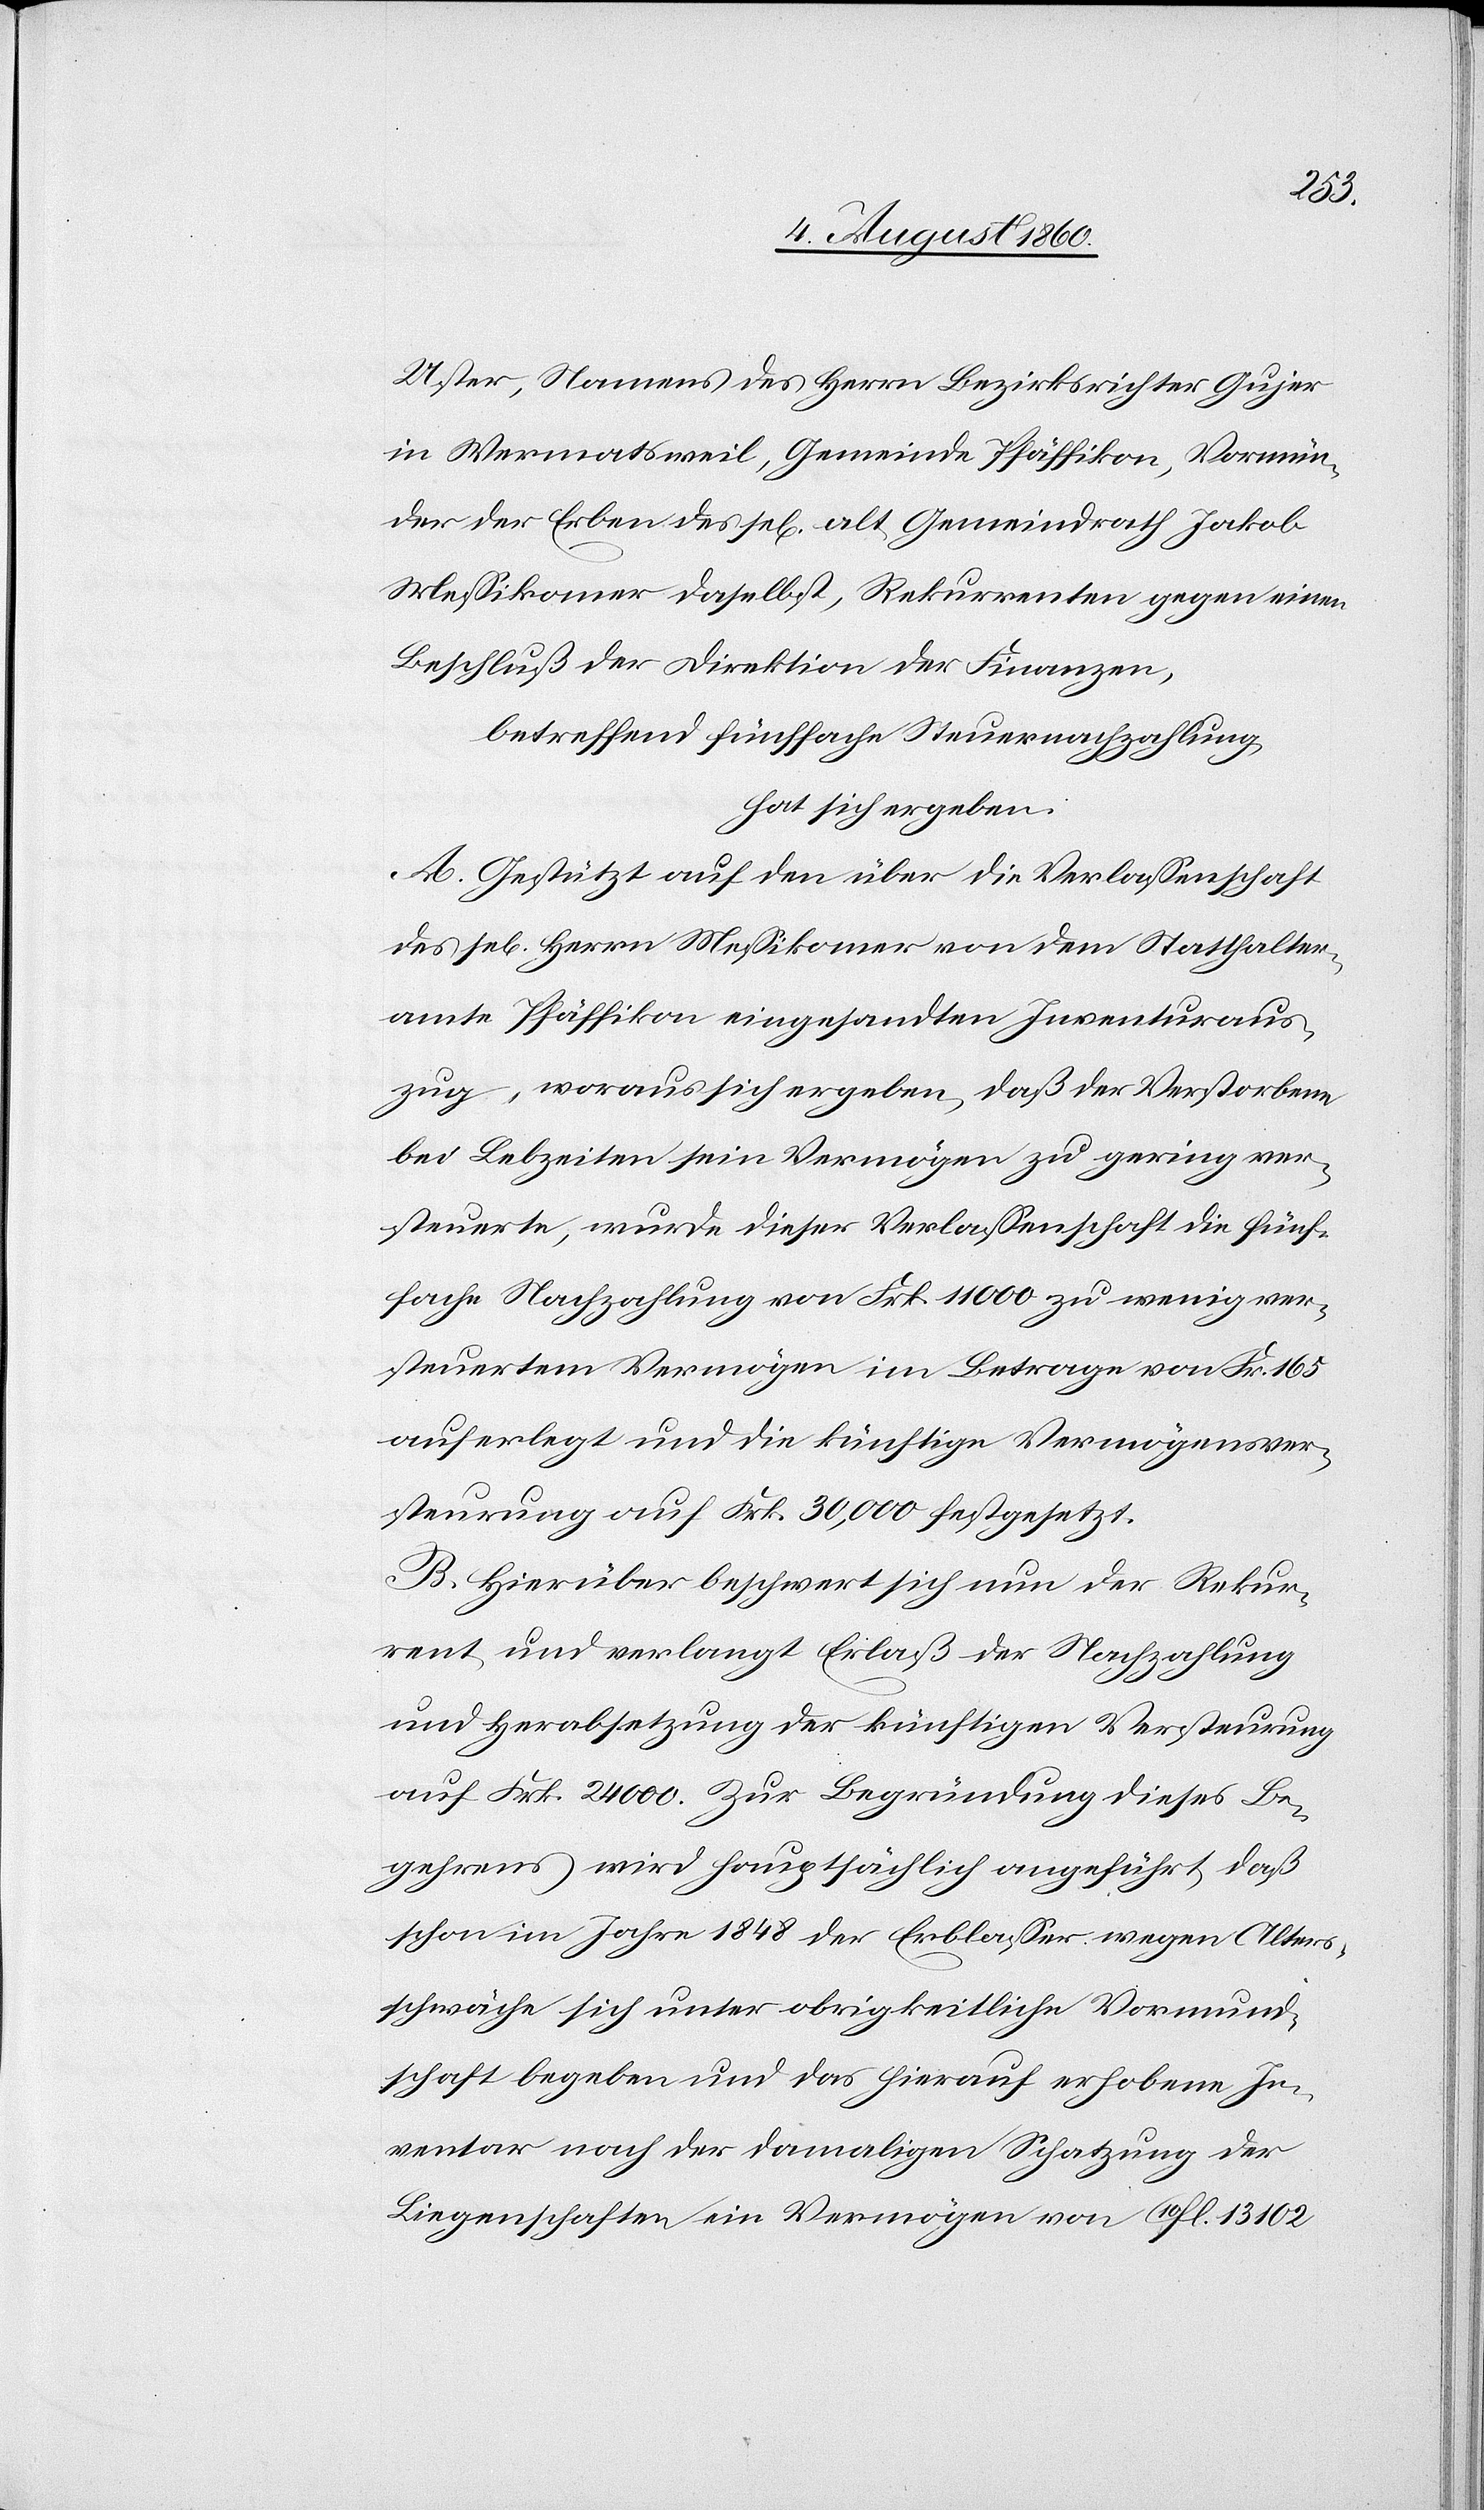
Uster, Namens des Herrn Bezirksrichter Gujer
in Wermatsweil, Gemeinde Pfäffikon, Vormün¬
der der Erben des sel. alt. Gemeindrath Jakob
Messikomer daselbst, Rekurrenten gegen einen
Beschluß der Direktion der Finanzen
betreffend fünffache Steuernachzahlung
hat sich ergeben:
A. Gestützt auf den über die Verlassenschaft
des sel. Herrn Messikomer von dem Statthalter¬
amte Pfäffikon eingesandten Inventuraus¬
zug, woraus sich ergeben, dass der Verstorbene
bei Lebzeiten sein Vermögen zu gering ver¬
steuert, wurde dieser Verlassenschaft die fünf¬
fache Nachzahlung von fcs. 11 000 zu wenig ver¬
steuertem Vermögen im Betrage von fcs. 165
auferlegt und die künftige Vermögensver¬
steuerung auf fcs. 30,000 festgesetzt.
B. Hiegegen beschwert sich nun der Rekur¬
rent und verlangt Erlass der Nachzahlung
und Herabsetzung der künftigen Versteuerung
auf fcs. 24,000 Zur Begründung dieses Be¬
gehrens wird hauptsächlich angeführt, dass
schon im Jahre 1848 der Erblasser wegen Alters¬
schwäche sich unter obrigkeitliche Vormund¬
schaft begeben und das hierauf erhobene In¬
ventar nach der damaligen Schatzung der
Liegenschaften ein Vermögen von 10fl. 13 102.